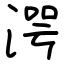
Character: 湂